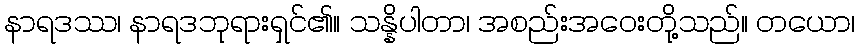
နာရဒဿ၊ နာရဒဘုရားရှင်၏။ သန္နိပါတာ၊ အစည်းအဝေးတို့သည်။ တယော၊